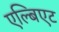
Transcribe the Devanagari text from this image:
एल्बिएट